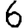
Digit: 6